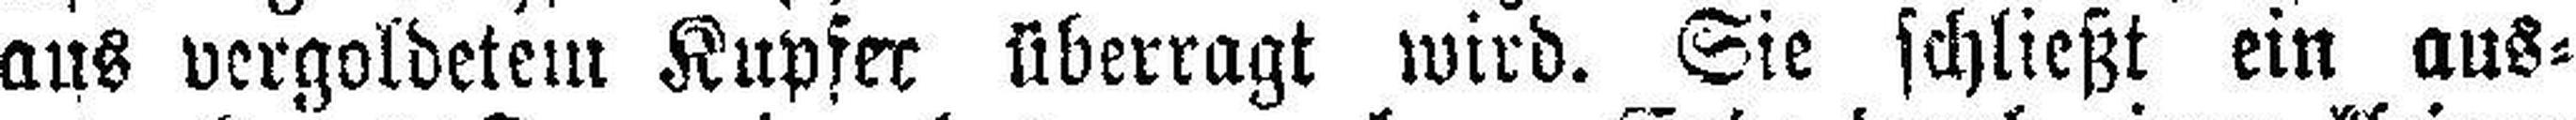
aus vergoldetem Kupfer überragt wird. Sie schließt ein aus¬